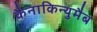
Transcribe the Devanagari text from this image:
कैनाकिन्युमैब